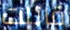
قاتلت